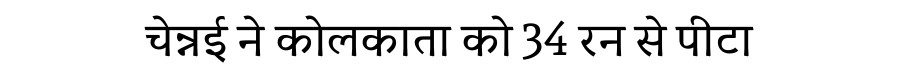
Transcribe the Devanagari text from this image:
चेन्नई ने कोलकाता को 34 रन से पीटा